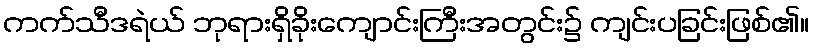
ကက်သီဒရဲယ် ဘုရားရှိခိုးကျောင်းကြီးအတွင်း၌ ကျင်းပခြင်းဖြစ်၏။